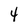
Character: 4